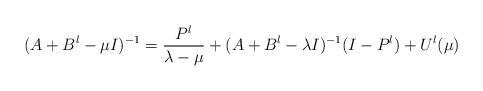
LaTeX: \begin{align*}(A+B^l-\mu I)^{-1}=\frac{P^l}{\lambda-\mu}+(A+B^l-\lambda I)^{-1}(I-P^l)+U^l(\mu)\end{align*}